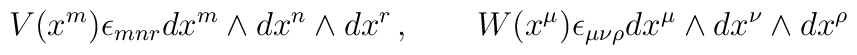
V(x^m) \epsilon_{mnr} dx^m \wedge dx^n \wedge dx^r \, , \qquad W(x^{\mu}) \epsilon_{\mu\nu\rho} dx^{\mu} \wedge dx^{\nu} \wedge dx^{\rho}